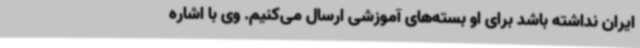
ایران نداشته باشد برای او بسته‌های آموزشی ارسال می‌کنیم. وی با اشاره